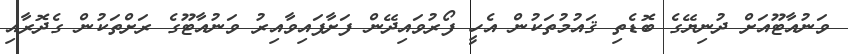
ވަނުއާޓޫއަށް ދުނިޔޭގެ ބޮޑެތި ޤައުމުތަކުން އެހީ ފޯރުވައިދޭން ފަށާފައިވާއިރު ވަނުއާޓޫގެ ރަށްތަކުން ގެދޮރާއި